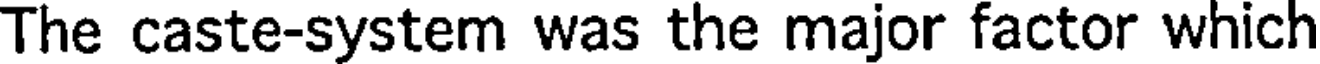
The caste-system was the major factor which